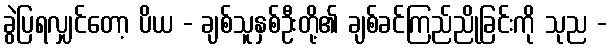
ခွဲပြရလျှင်တော့ ပိယ - ချစ်သူနှစ်ဦးတို့၏ ချစ်ခင်ကြည်ညိုခြင်းကို သုည -